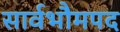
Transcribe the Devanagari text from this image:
सार्वभौमपद